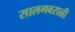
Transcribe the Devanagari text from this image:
सालगवराळी